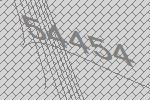
54454